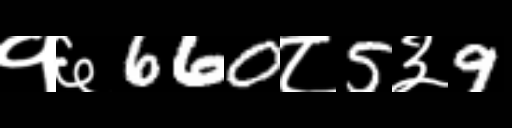
Text: १६660८5३9